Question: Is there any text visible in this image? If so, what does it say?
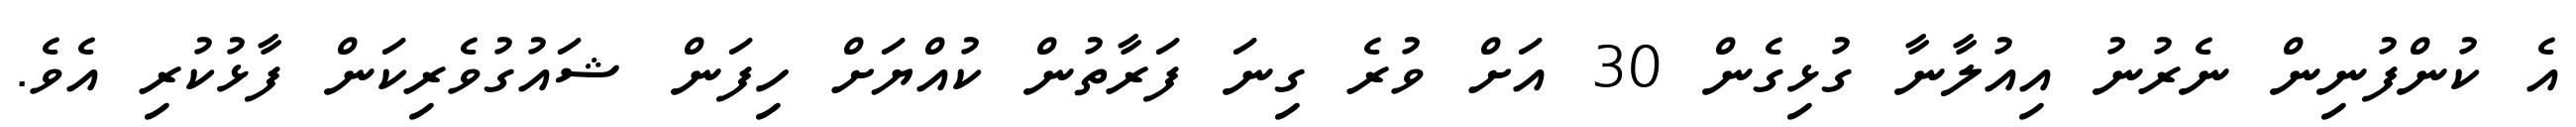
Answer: އެ ކުންފުނިން ނެރުނު އިއުލާނާ ގުޅިގެން 30 އަށް ވުރެ ގިނަ ފަރާތުން ކުއްޔަށް ހިފަން ޝައުގުވެރިކަން ފާޅުކުރި އެވެ.